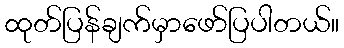
ထုတ်ပြန်ချက်မှာဖော်ပြပါတယ်။